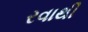
રવાથી